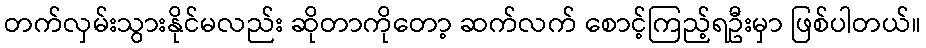
တက်လှမ်းသွားနိုင်မလည်း ဆိုတာကိုတော့ ဆက်လက် စောင့်ကြည့်ရဦးမှာ ဖြစ်ပါတယ်။